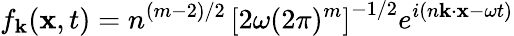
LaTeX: f_{\mathbf k}({\mathbf x},t)=n^{(m-2)/2}\, \left[2\omega(2\pi)^{m}\right]^{-1/2}e^{i(n{\mathbf k}\cdot{\mathbf x}-\omega t)}